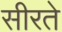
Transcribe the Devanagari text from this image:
सीरते